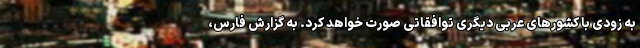
به زودی با کشورهای عربی دیگری توافقاتی صورت خواهد کرد. به گزارش فارس،